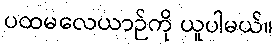
ပထမလေယာဉ်ကို ယူပါမယ်။